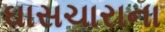
ઘાસચારાના